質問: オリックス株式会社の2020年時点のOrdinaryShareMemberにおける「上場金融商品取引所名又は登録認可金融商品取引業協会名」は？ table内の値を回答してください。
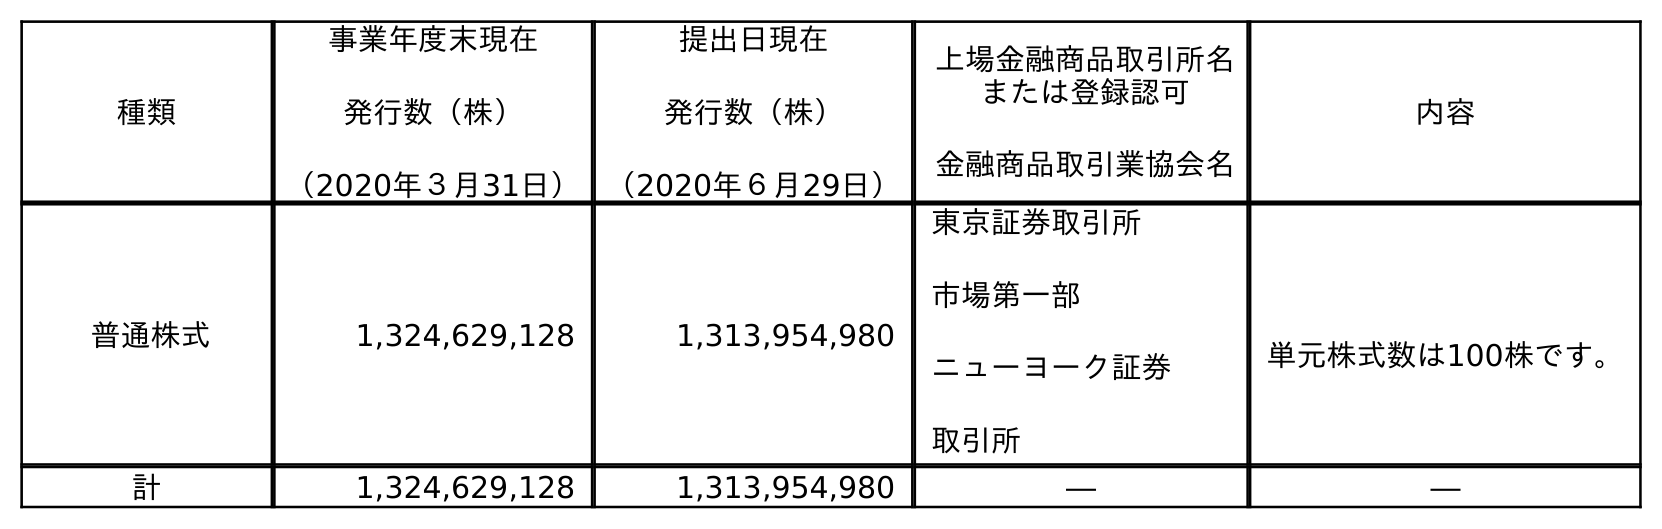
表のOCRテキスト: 種類 事業年度末現在 発行数（株） （2020年３月31日） 提出日現在 発行数（株） （2020年６月29日） 上場金融商品取引所名 または登録認可 金融商品取引業協会名 内容 普通株式 1,324,629,128 1,313,954,980 東京証券取引所 市場第一部 ニューヨーク証券 取引所 単元株式数は100株です。 計 1,324,629,128 1,313,954,980 ― ―
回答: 東京証券取引所市場第一部ニューヨーク証券取引所